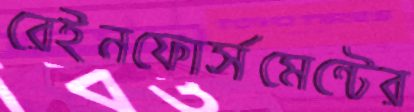
রেইনফোর্সমেন্টের